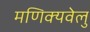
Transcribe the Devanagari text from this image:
मणिक्यवेलु